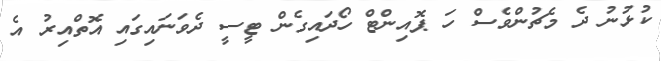
ކުޅުނު ދެ މެޗުންވެސް ހަ ޕޮއިންޓް ހޯދައިގެން ޓީސީ ދެވަނައިގައި އޮތްއިރު އެ